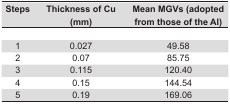
| Steps | Thickness of Cu (mm) | Mean MGVs (adopted from those of the AI) |
 | --- | --- | --- |
 |  |  |  |
 | 1 | 0.027 | 49.58 |
 | 2 | 0.07 | 85.75 |
 | 3 | 0.115 | 120.40 |
 | 4 | 0.15 | 144.54 |
 | 5 | 0.19 | 169.06 |